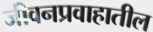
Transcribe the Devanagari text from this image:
जीवनप्रवाहातील